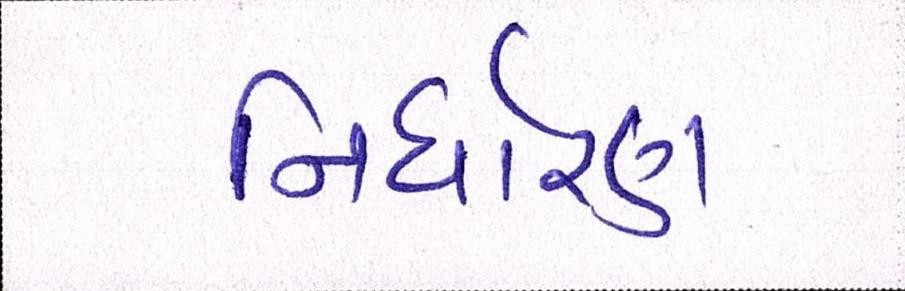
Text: નિર્ધારણ